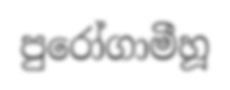
පුරෝගාමීහූ